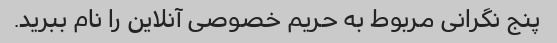
پنج نگرانی مربوط به حریم خصوصی آنلاین را نام ببرید.